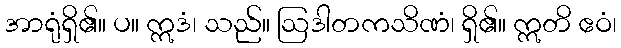
အာရုံရှိ၏။ ပ။ ဣဒံ၊ သည်။ ဩဒါတကသိဏံ၊ ရှိ၏။ ဣတိ ဧဝံ၊